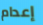
إعدام